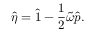
\hat { \eta } = \hat { 1 } - \frac { 1 } { 2 } \tilde { \omega } \hat { p } .